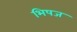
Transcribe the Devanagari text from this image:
भिषज